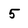
Character: 5